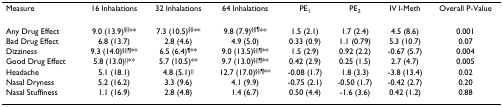
| Measure | 16 Inhalations | 32 Inhalations | 64 Inhalations | PE1 | PE2 | IV l-Meth | Overall P-Value |
 | --- | --- | --- | --- | --- | --- | --- | --- |
 | Any Drug Effect | 9.0 (13.9)§||** | 7.3 (10.5)§||** | 9.8 (7.9)§||¶** | 1.5 (2.1) | 1.7 (2.4) | 4.5 (8.6) | 0.001 |
 | Bad Drug Effect | 6.8 (13.7) | 2.8 (4.6) | 4.9 (5.0) | 0.33 (0.9) | 1.1 (0.79) | 5.3 (10.7) | 0.07 |
 | Dizziness | 9.3 (14.0)§||¶** | 6.5 (6.4)¶** | 9.0 (13.5)§||¶** | 1.5 (2.9) | 0.92 (2.2) | -0.67 (5.7) | 0.004 |
 | Good Drug Effect | 5.8 (13.0)||** | 5.7 (10.5)** | 9.7 (13.0)§||¶** | 0.42 (2.9) | 0.25 (1.5) | 2.7 (4.7) | 0.005 |
 | Headache | 5.1 (18.1) | 4.8 (5.1)|| | 12.7 (17.0)§||¶** | -0.08 (1.7) | 1.8 (3.3) | -3.8 (13.4) | 0.02 |
 | Nasal Dryness | 5.2 (16.2) | 3.3 (9.6) | 4.1 (9.9) | -0.75 (2.1) | -0.50 (1.7) | -0.42 (2.7) | 0.20 |
 | Nasal Stuffiness | 1.1 (16.9) | 2.8 (4.8) | 1.4 (6.7) | 0.50 (4.4) | -1.6 (3.6) | 0.42 (1.2) | 0.88 |